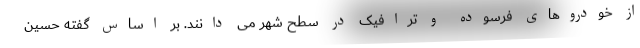
از خودروهای فرسوده و ترافیک در سطح شهر می دانند. بر اساس گفته حسین